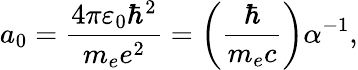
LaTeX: a_{0}=\frac{4\pi\varepsilon_{0}\hbar^{2}}{m_{e}e^{2}}=\left(\frac{\hbar}{m_{e}c}\right)\alpha^{-1},